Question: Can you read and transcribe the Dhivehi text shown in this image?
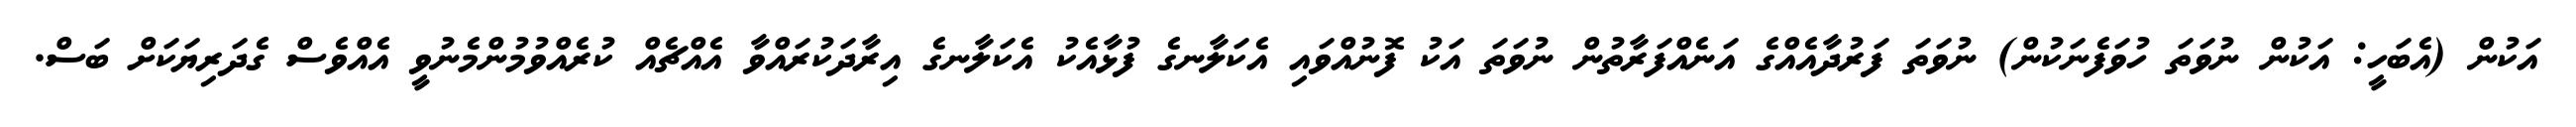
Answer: އަކުން (އެބަހީ: އަކުން ނުވަތަ ހުވަފެނަކުން) ނުވަތަ ފަރުދާއެއްގެ އަނެއްފަރާތުން ނުވަތަ އަކު ފޮނުއްވައި އެކަލާނގެ ފުޅާއެކު އެކަލާނގެ އިރާދަކުރައްވާ އެއްޗެއް ކުރެއްވުމުންމެނުވީ އެއްވެސް ގެދަރިޔަކަށް ބަސް.